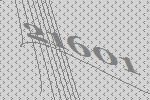
21601